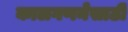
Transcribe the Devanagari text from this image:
कालगणनेसाठी